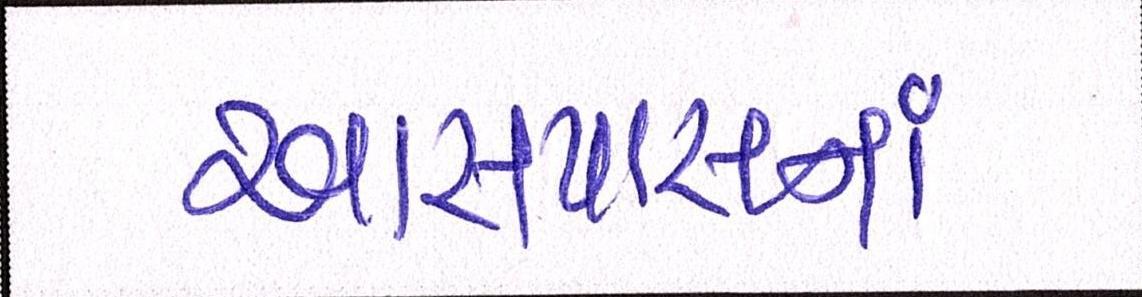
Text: આસપાસનાં